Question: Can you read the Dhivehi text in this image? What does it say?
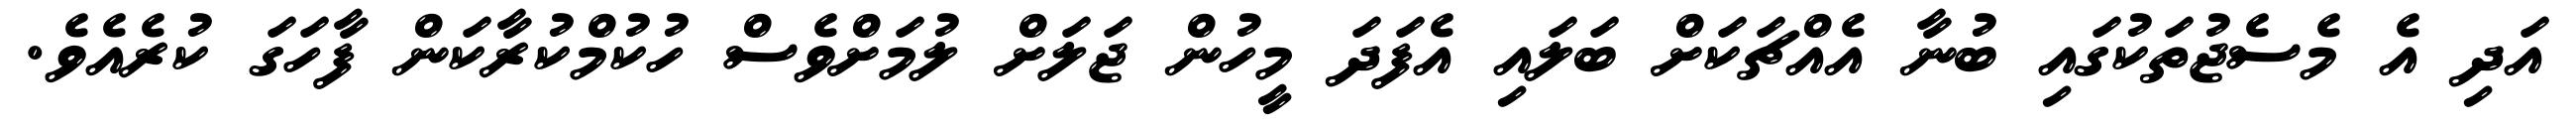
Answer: އަދި އެ މެސެޖުތަކުގައި ބުނާ އެއްޗަކަށް ބަލައި އެފަދަ މީހުން ޖަލަށް ލުމަށްވެސް ހުކުމްކުރާކަން ފާހަގަ ކުރެއެވެ.